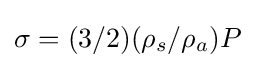
\sigma =(3/2)(\rho _{s}/\rho _{a})P